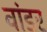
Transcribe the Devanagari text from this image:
वांडर